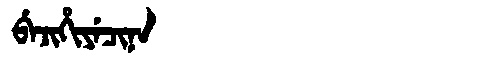
Manchu: ᠪᡝᠵᡳᡥᡳᠶᡝᠴᡳᠨᠠ
Romanization: BEJIHIYECINA